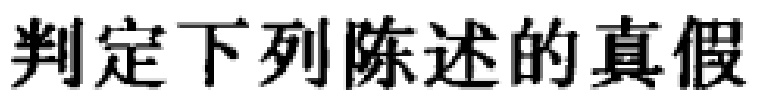
判定下列陈述的真假